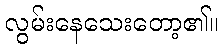
လွမ်းနေသေးတော့၏။